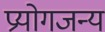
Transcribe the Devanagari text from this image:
प्रयोगजन्य